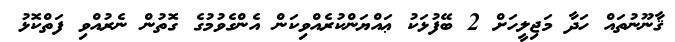
ޤާނޫނުތައް ހަދާ މަޖިލީހަށް 2 ބޭފުޅަކު ޢައްޔަންކުރެއްވިކަން އެންގެވުމުގެ ގޮތުން ނެރުއްވި ފަތްކޮޅު